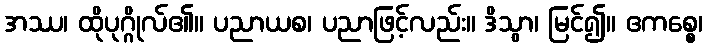
အဿ၊ ထိုပုဂ္ဂိုလ်၏။ ပညာယစ၊ ပညာဖြင့်လည်း။ ဒိသွာ၊ မြင်၍။ ဧကစ္စေ၊